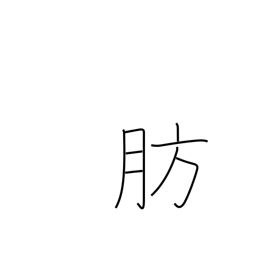
Meaning: obese